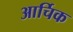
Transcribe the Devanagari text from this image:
आर्चिक